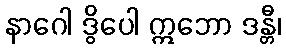
နာဂေါ ဒွိပေါ ဣဘော ဒန္တီ၊